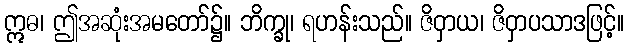
ဣဓ၊ ဤအဆုံးအမတော်၌။ ဘိက္ခု၊ ရဟန်းသည်။ ဇိဝှာယ၊ ဇိဝှာပသာဒဖြင့်။